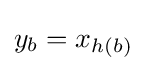
y_{b}=x_{h(b)}